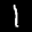
Label: 1